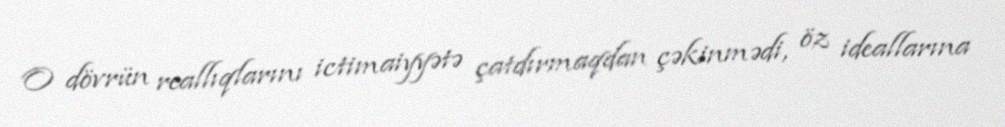
O dövrün reallıqlarını ictimaiyyətə çatdırmaqdan çəkinmədi, öz ideallarına